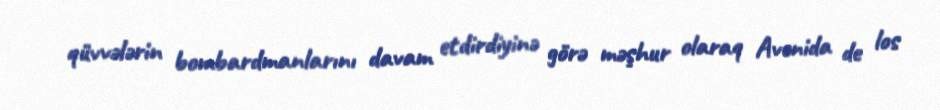
qüvvələrin bombardmanlarını davam etdirdiyinə görə məşhur olaraq Avenida de los